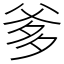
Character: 爹